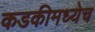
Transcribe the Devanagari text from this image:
कडकीमध्येच